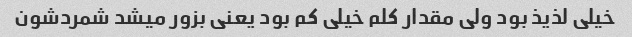
خیلی لذیذ بود ولی مقدار کلم خیلی کم بود یعنی بزور میشد شمردشون